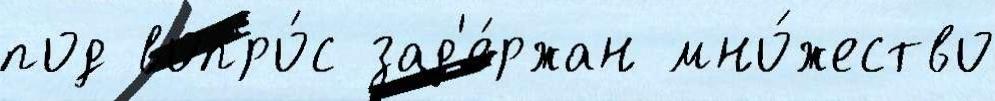
под вопро́с зад'е́ржан мно́жество